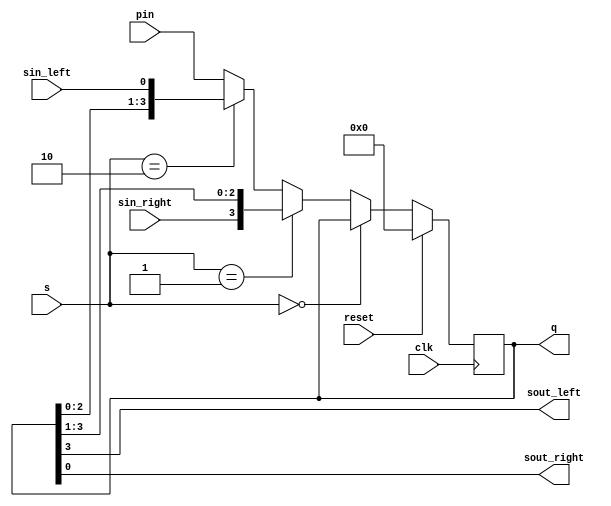
module uni_shiftreg(output reg [N-1:0]q,
							output sout_left,sout_right,
							input clk,reset,
							input [N-1:0]pin,
							input [1:0]s,
							input sin_left,sin_right);
parameter N=4;
always @(posedge clk)
begin
	if(reset)
		q<=0;
	else
	begin
		if(s==2'b00)
			q<=q;
		else if(s==2'b01)
			q<={sin_right,q[N-1:1]};
		else if(s==2'b10)
			q<={q[N-2:0],sin_left};
		else
			q<=pin;
	end
end
assign sout_right=q[0],
			sout_left=q[N-1];
endmodule